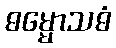
ဓမ္မောသဓံ